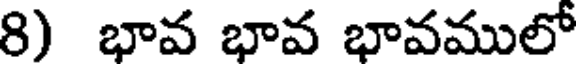
8) భావ భావ భావములో